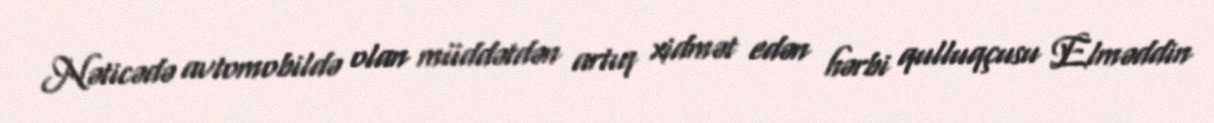
Nəticədə avtomobildə olan müddətdən artıq xidmət edən hərbi qulluqçusu Elməddin